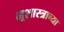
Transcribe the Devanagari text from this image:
भूशास्त्राच्या